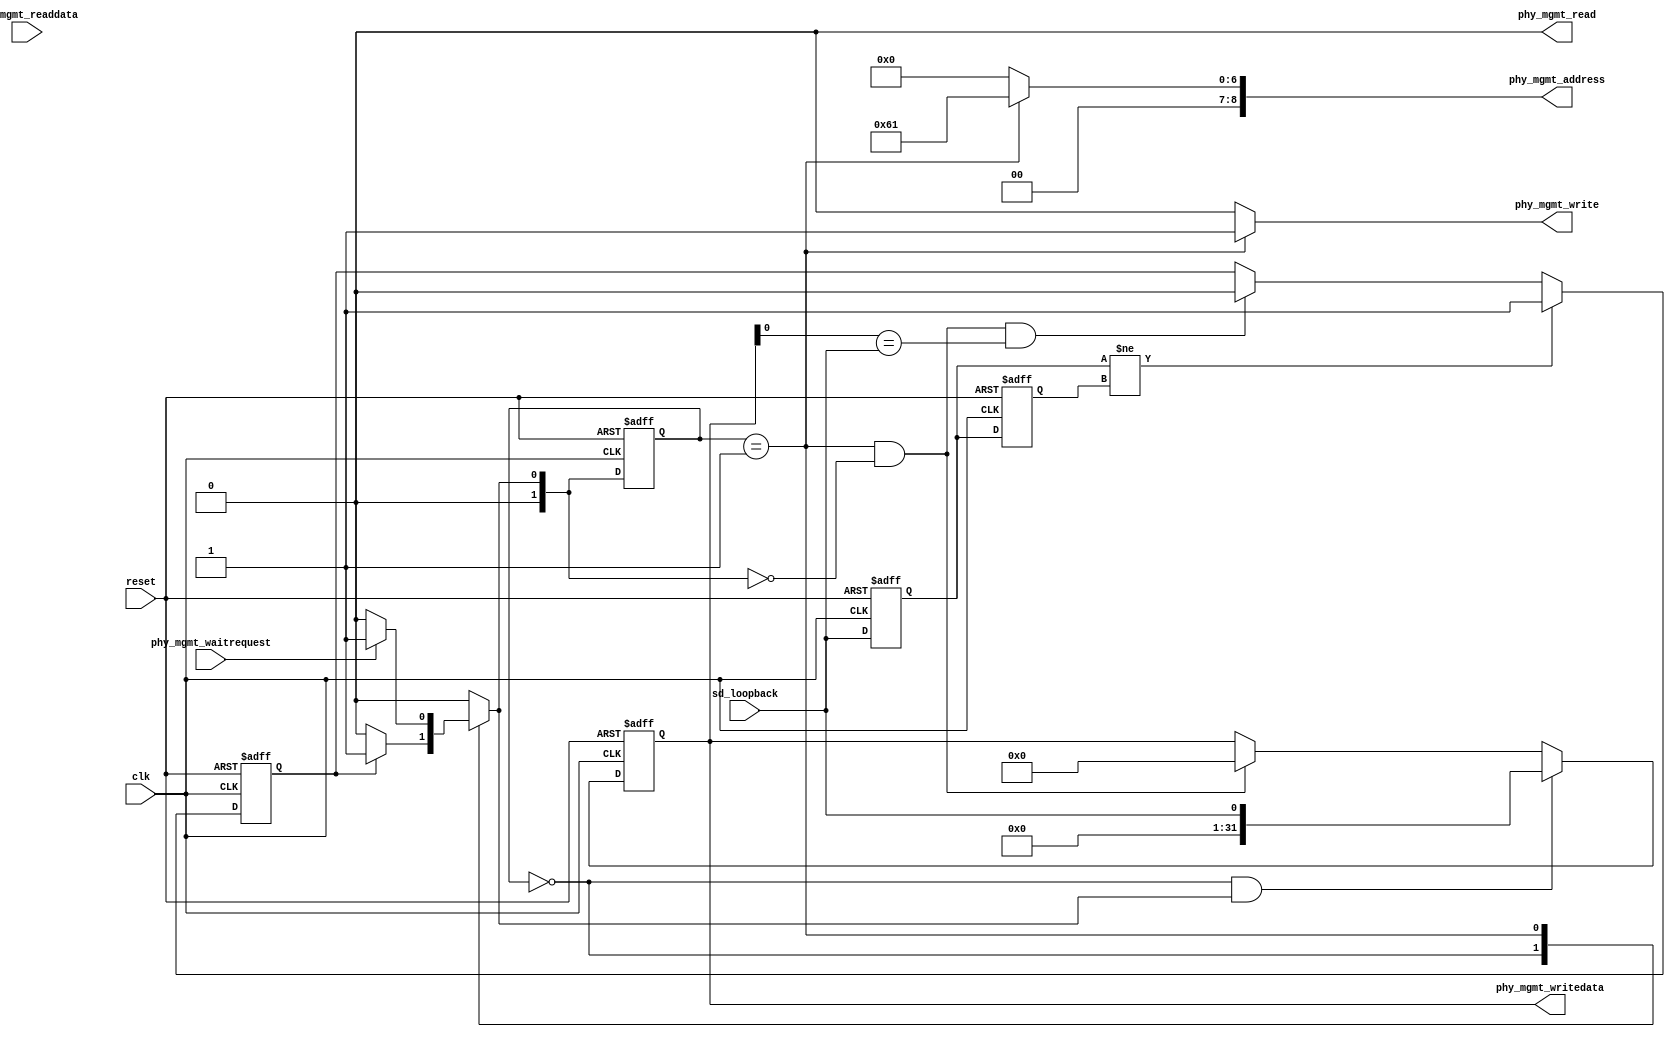
// This program was cloned from: https://github.com/FAST-Switch/fast
// License: Apache License 2.0

// (C) 2001-2015 Altera Corporation. All rights reserved.
// Your use of Altera Corporation's design tools, logic functions and other 
// software and tools, and its AMPP partner logic functions, and any output 
// files any of the foregoing (including device programming or simulation 
// files), and any associated documentation or information are expressly subject 
// to the terms and conditions of the Altera Program License Subscription 
// Agreement, Altera MegaCore Function License Agreement, or other applicable 
// license agreement, including, without limitation, that your use is for the 
// sole purpose of programming logic devices manufactured by Altera and sold by 
// Altera or its authorized distributors.  Please refer to the applicable 
// agreement for further details.


// 
// ALTERA Confidential and Proprietary
// Copyright 2007 (c) Altera Corporation
// All rights reserved
//
// -------------------------------------------------------------------------
// -------------------------------------------------------------------------

//Legal Notice: (C)2007 Altera Corporation. All rights reserved.  Your
//use of Altera Corporation's design tools, logic functions and other
//software and tools, and its AMPP partner logic functions, and any
//output files any of the foregoing (including device programming or
//simulation files), and any associated documentation or information are
//expressly subject to the terms and conditions of the Altera Program
//License Subscription Agreement or other applicable license agreement,
//including, without limitation, that your use is for the sole purpose
//of programming logic devices manufactured by Altera and sold by Altera
//or its authorized distributors.  Please refer to the applicable
//agreement for further details.

`timescale 1ps/1ps
module altera_tse_fake_master(
   // Clock and reset
   input clk,
   input reset,

   // Avalon MM master interface
   output [8:0] phy_mgmt_address,
   output phy_mgmt_read,
   input [31:0] phy_mgmt_readdata,
   output phy_mgmt_write,
   output reg [31:0] phy_mgmt_writedata,
   input phy_mgmt_waitrequest,

   // Serial data loopback control
   input sd_loopback
);

//////////////////////////////////internal registers and paramaters//////////////////////////////////
reg [1:0] state;
reg [1:0] next_state;
reg sd_loopback_r1, sd_loopback_r2;
reg bit_event;

localparam IDLE = 2'b0 ;
localparam WRITE_DATA = 2'b1;

////////////////////to detect the toggled data from sd_loopback //////////
always @ (posedge clk or posedge reset)
begin
   if (reset)
   begin
      sd_loopback_r1 <= 1'b0;
      sd_loopback_r2 <= 1'b0;
   end
   else
   begin
	   sd_loopback_r2 <= sd_loopback_r1;
	   sd_loopback_r1 <= sd_loopback;
   end
end 

// bit_event is the bit to remember there is an event happening at the sd_loopback
// and used to trigger IDLE -> WRITE_DATA state transition
// This bit is only cleared during WRITE_DATA -> IDLE transition and make sure that
// phy_mgmt_writedata[0] value is equal to sd_loopback data
// This is to ensure that our Avalon MM write transaction is always in sync with sd_loopback value
always @ (posedge clk or posedge reset)
begin 
   if (reset)
   begin
      bit_event <= 0;
   end
   else
   begin
      if ( sd_loopback_r1 != sd_loopback_r2)
      begin 
         bit_event <= 1'b1;
      end
      else
      begin
         if (next_state == IDLE && state == WRITE_DATA && phy_mgmt_writedata[0] == sd_loopback)
         begin 
            bit_event <= 1'b0;
         end
      end 
   end
end
   
// State machine
always @ (posedge clk or posedge reset)
begin 
     if (reset)
        state <= IDLE;
     else 
        state <= next_state;
end 

// next_state logic
always @ (*)
begin
	case (state)
	IDLE:
   begin
		if (bit_event)
		   next_state = WRITE_DATA;
		else 
		   next_state = IDLE;
   end
	WRITE_DATA:
   begin
		if (!phy_mgmt_waitrequest)
			next_state = IDLE;
		else
		   next_state = WRITE_DATA;
   end
	default : next_state = IDLE;
	endcase
end

// Connection to PHYIP (Avalon MM master signals)
assign phy_mgmt_write = (state == WRITE_DATA)? 1'b1 : 1'b0;
assign phy_mgmt_read = 1'b0;
assign phy_mgmt_address = (state == WRITE_DATA) ? 9'h61 : 9'h0;

always @(posedge clk or posedge reset)
begin
   if (reset)
   begin
      phy_mgmt_writedata <= 32'b0;
   end
   else
   begin
      if (state == IDLE && next_state == WRITE_DATA)
      begin
         phy_mgmt_writedata <= {31'b0, sd_loopback};
      end
      else if (state == WRITE_DATA && next_state == IDLE)
      begin
         phy_mgmt_writedata <= 32'b0;
      end
   end
end

endmodule